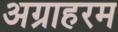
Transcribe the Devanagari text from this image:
अग्राहरम